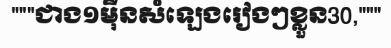
"""ជាង១ម៉ឺនសំឡេងរៀងៗខ្លួន30,"""